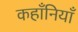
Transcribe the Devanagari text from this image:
कहाँनियाँ